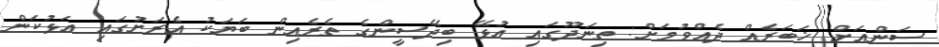
ސަންއަށް ޚަބަރެއް ދެއްވުމަށް: ތިނަދޫގައި އުޅޭ ބިދޭސީންގެ ތެރެއިން ބަޔަކު އެރަށުގައި އަޅުކަން